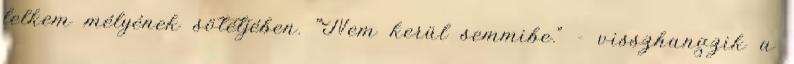
lelkem mélyének sötétjében. "Nem kerül semmibe." - visszhangzik a